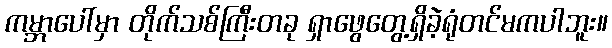
ကမ္ဘာပေါ်မှာ တိုက်သစ်ကြီးတခု ရှာဖွေတွေ့ရှိခဲ့ရုံတင်မကပါဘူး။